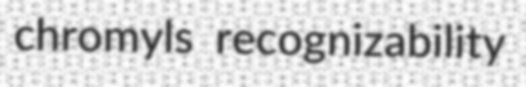
chromyls recognizability